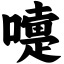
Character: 嚏